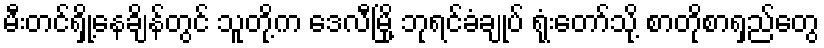
မီးတင်ရှို့နေချိန်တွင် သူတို့က ဒေလီမြို့ ဘုရင်ခံချုပ် ရုံးတော်သို့ စာတိုစာရှည်တွေ